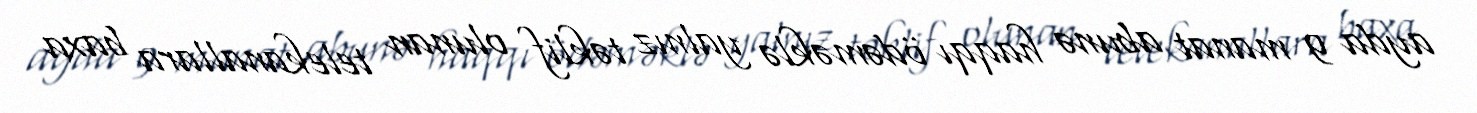
ayda 9 manat abunə haqqı ödəməklə yalnız təklif olunan telekanallara baxa